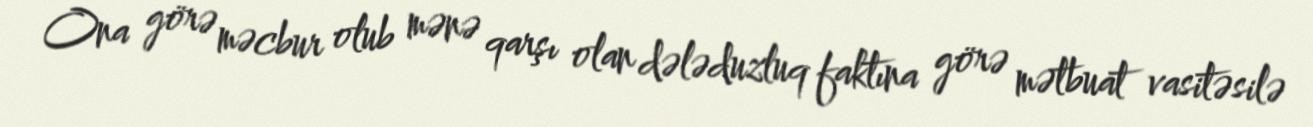
Ona görə məcbur olub mənə qarşı olan dələduzluq faktına görə mətbuat vasitəsilə